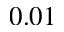
0 . 0 1